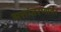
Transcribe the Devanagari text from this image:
सत्तांतरणावर